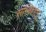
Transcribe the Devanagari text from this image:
संस्थिताम्‌